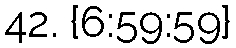
42. {6:59:59}